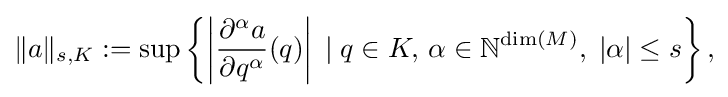
\displaystyle {\|a\|_{s,K}:=\sup \left\{\left|{\frac {\partial ^{\alpha }a}{\partial q^{\alpha }}}(q)\right|\,\mid q\in K,\,\alpha \in \mathbb {N} ^{{\rm {dim}}(M)},\;|\alpha |\leq s\right\},}